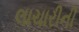
લાચારીની